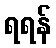
ရရန်